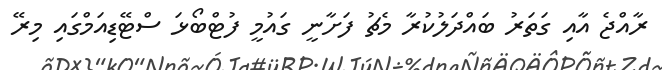
ރާއްޖެ އާއި ގަތަރު ބައްދަލުކުރާ މެޗު ފަށާނީ ގައުމީ ފުޓްބޯޅަ ސްޓޭޑިއަމްގައި މިރޭ